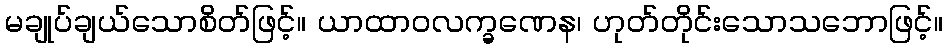
မချုပ်ချယ်သောစိတ်ဖြင့်။ ယာထာဝလက္ခဏေန၊ ဟုတ်တိုင်းသောသဘောဖြင့်။